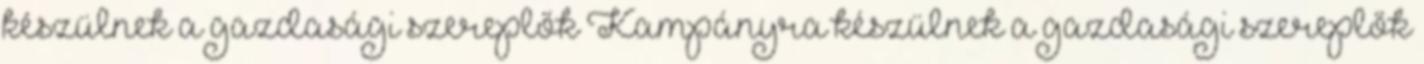
készülnek a gazdasági szereplők Kampányra készülnek a gazdasági szereplők